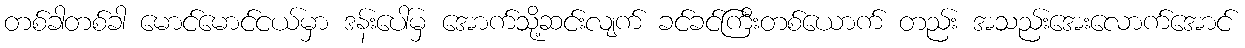
တစ်ခါတစ်ခါ မောင်မောင်ငယ်မှာ ဒန်းပေါ်မှ အောက်သို့ဆင်းလျက် ခင်ခင်ကြီးတစ်ယောက် တည်း အသည်းအေးလောက်အောင်